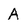
Character: A